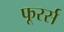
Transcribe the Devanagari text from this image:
फूरर्स